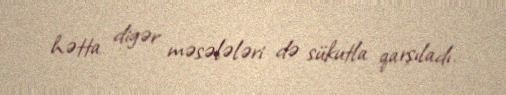
hətta digər məsələləri də sükutla qarşıladı.